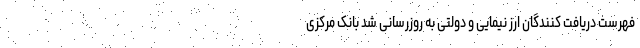
فهرست دریافت‌ کنندگان ارز نیمایی و دولتی به ‌روزرسانی شد بانک مرکزی